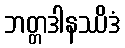
ဘတ္တဒါနဿိဒံ